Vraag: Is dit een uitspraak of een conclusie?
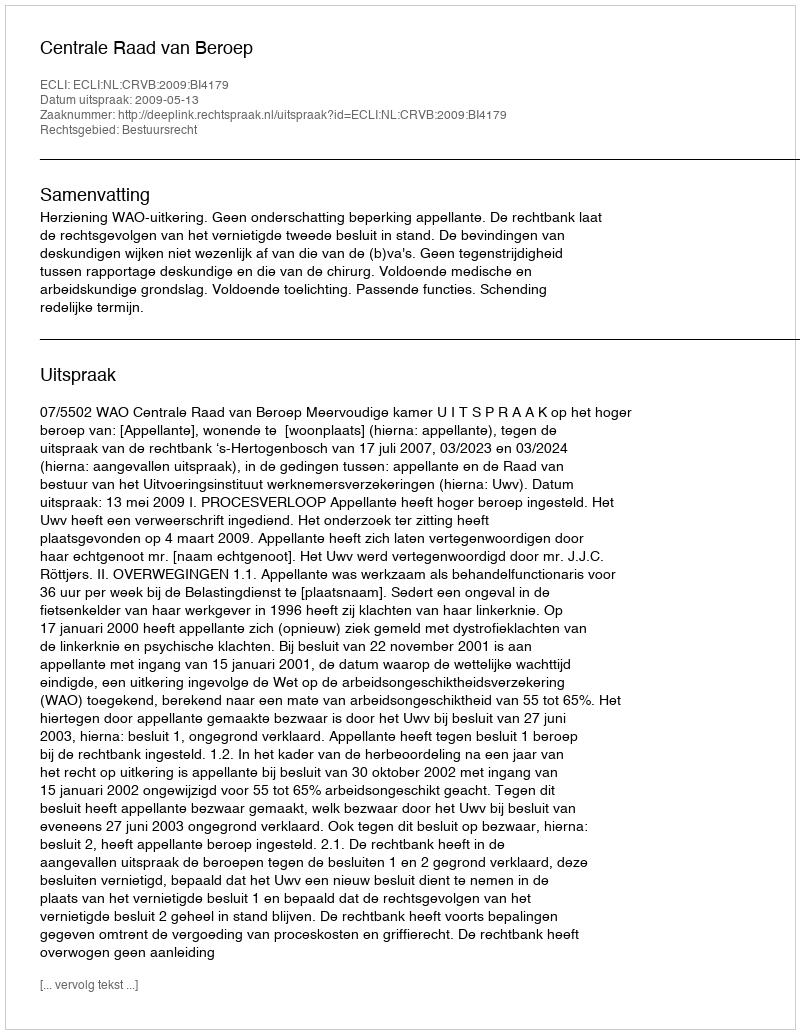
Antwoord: Uitspraak